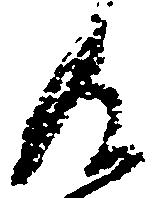
及